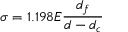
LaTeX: \sigma = 1 . 1 9 8 E { \frac { d _ { f } } { d - d _ { c } } }